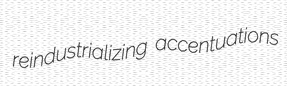
reindustrializing accentuations